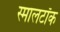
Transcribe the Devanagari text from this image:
स्मालटॉक